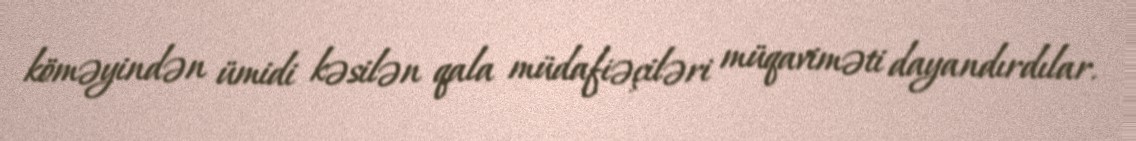
köməyindən ümidi kəsilən qala müdafiəçiləri müqaviməti dayandırdılar.